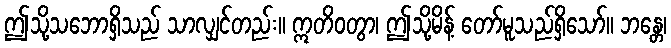
ဤသို့သဘောရှိသည် သာလျှင်တည်း။ ဣတိဝတွာ၊ ဤသို့မိန့် တော်မူသည်ရှိသော်။ ဘန္တေ၊